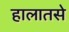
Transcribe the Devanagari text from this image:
हालातसे